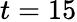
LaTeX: t=15